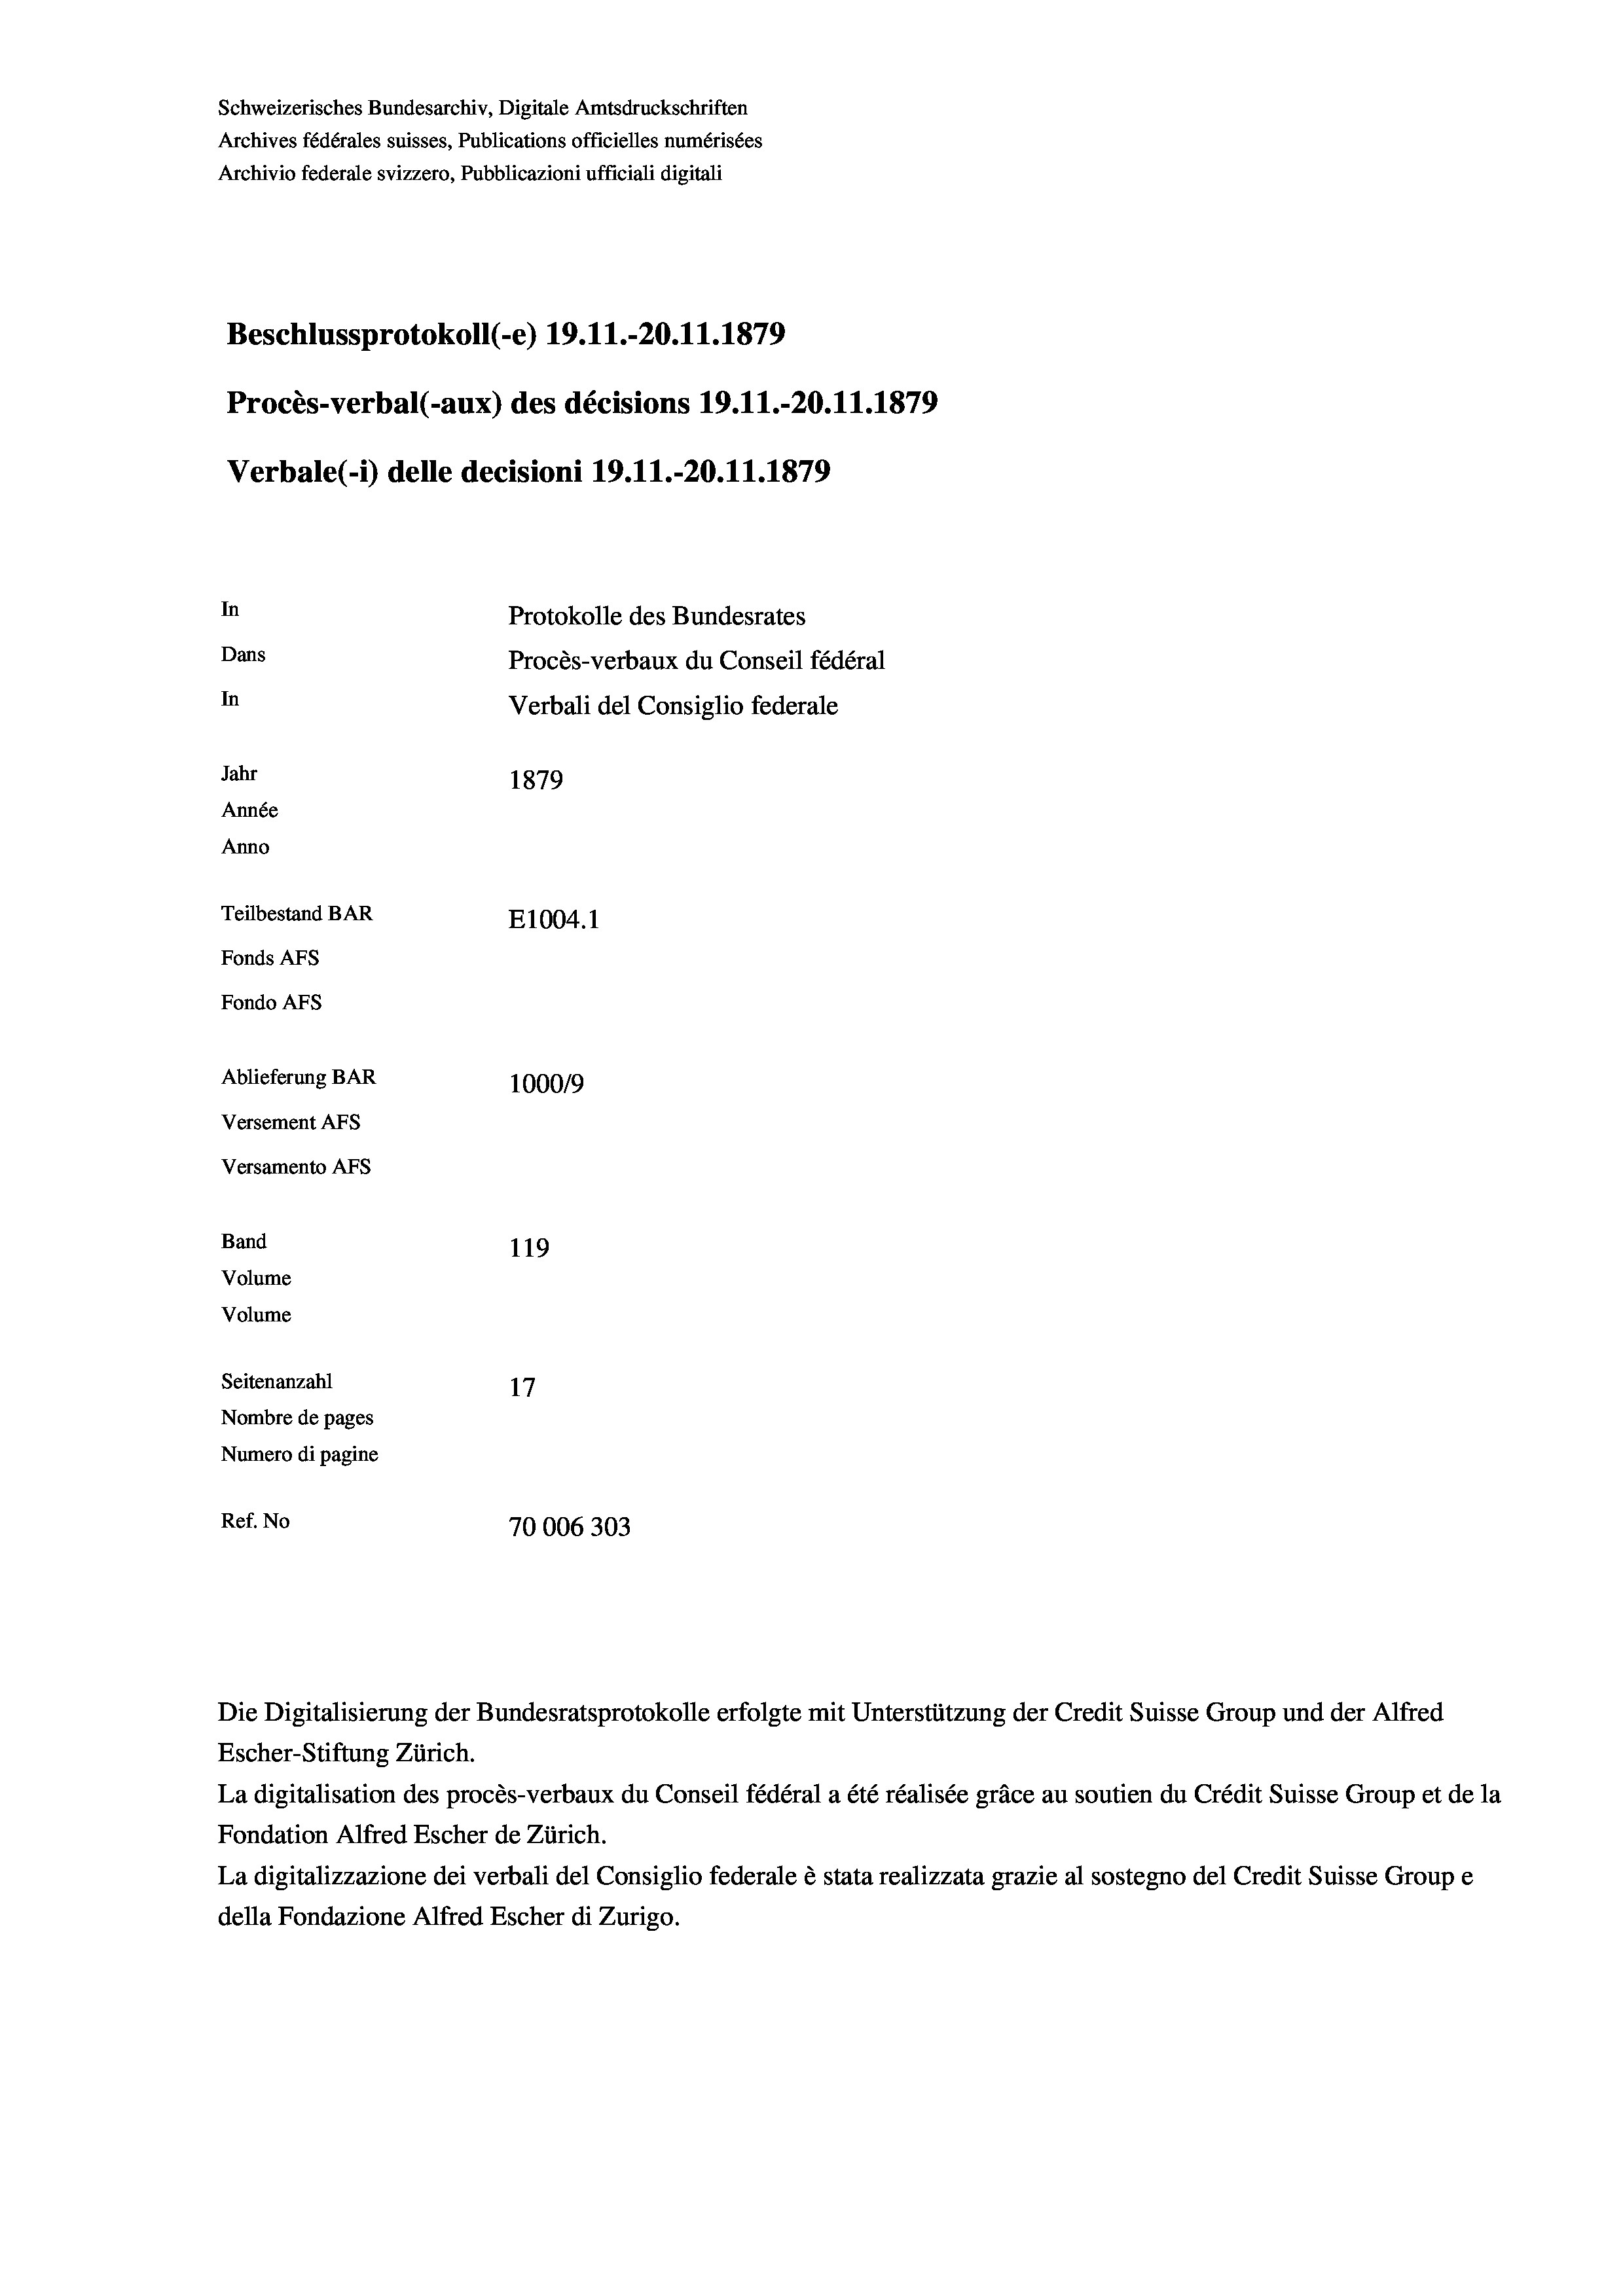
Schweizerisches Bundesarchiv, Digitale Amtsdruckschriften
Archives fédérales suisses, Publications officielles numérisées
Archivio federale svizzero, Pubblicazioni ufficiali digitali
Beschlussprotokoll (-e) 19. 11.-20.11.1879
Procès-verbal (-aux) des décisions 19.11.-20.11.1879
Verbale (- 1) delle decisioni 19. 11.-20.11.1879
In
Protokolle des Bundesrates
Dans
Procès-verbaux du Conseil fédéral
In
Verbali del Consiglio federale
Jahr
1879
Année
Anno
Teilbestand BAR
E1004.1
Fonds AFs
Fondo AFS
Ablieferung BAR
100019
Versement AFs
Versamento Afs
Band
119
Volume
Volume
Seitenanzahl
17
Nombre de pages
Numero di pagine
Ref. No
70006303

Escher-Stiftung Zürich.
La digitalisation des procès-verbaux du Conseil fédéral a été réalisée gräce au soutien du Crédit Suisse Group et de la
Fondation Alfred Escher de Zürich.
La digitalizzazione dei verbali del Consiglio federale è stata realizzata grazie al sostegno del Credit Suisse Groupe
della Fondazione Alfred Escher di Zurigo.

Die Digitalisierung der Bundesratsprotokolle erfolgte mit Unterstützung der Credit Suisse Group und der Alfred